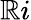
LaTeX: \mathbb{R}i